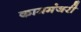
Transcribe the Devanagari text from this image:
काममंजरी